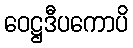
ဝေဋ္ဌဒီပကောပိ